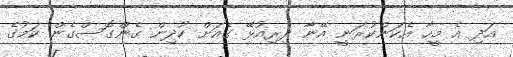
އަދި އެ މީހާ އެކަންކުރަނީ އޭނާ ދިރިއުޅޭ ގެއަށް ކުދިން ގެންގޮސްގެން ކަމުގެ